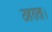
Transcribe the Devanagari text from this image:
ठहराता।